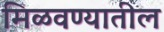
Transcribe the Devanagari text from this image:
मिळवण्यातील